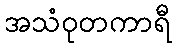
အသံဝုတကာရီ